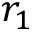
r _ { 1 }